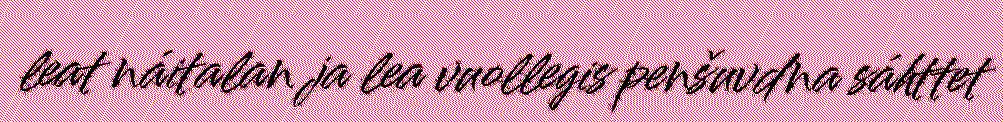
leat náitalan ja lea vuollegis penšuvdna sáhttet